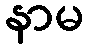
နာမ